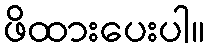
ဖိထားပေးပါ။